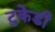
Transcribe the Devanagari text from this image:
टुकेडी